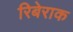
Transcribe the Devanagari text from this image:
रिबेराक